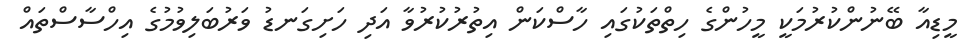
މީޑިއާ ބޭނުންކުރުމަކީ މީހުންގެ ހިތްތަކުގައި ހާސްކަން އިތުރުކުރުވާ އަދި ހަށިގަނޑު ވަރުބަލިވުމުގެ އިހްސާސްތައް